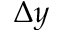
\Delta y